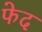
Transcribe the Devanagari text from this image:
फेद